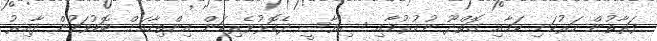
ފަރާތުން ހަރުކަށި ކަމާއި ގޮތްދޫ ނުކުރުމާއި ސިޔާސީ ދެކޮޅުވެރިކަން އިންތިހާއަށް ބޮޑުވަމުން ދާއިރު